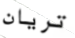
تريان